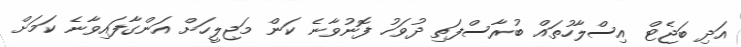
އަދި ބަޖެޓް އިސްލާހުތައް ބުރާސްފަތި ދުވަހު ފޮނުވާނެ ކަން މަޖިލީހަށް އަންގާފައިވާނެ ކަމަށް